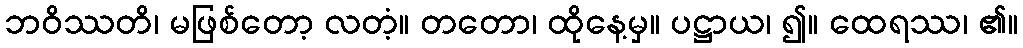
ဘဝိဿတိ၊ မဖြစ်တော့ လတံ့။ တတော၊ ထိုနေ့မှ။ ပဋ္ဌာယ၊ ၍။ ထေရဿ၊ ၏။